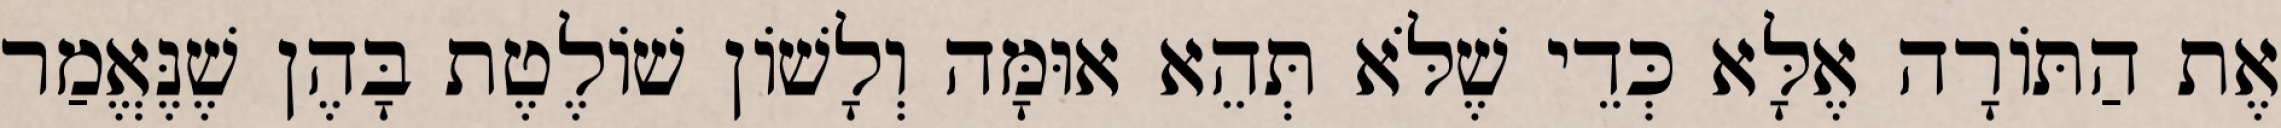
אֶת הַתּוֹרָה אֶלָּא כְּדֵי שֶׁלֹּא תְּהֵא אוּמָּה וְלָשׁוֹן שׁוֹלֶטֶת בָּהֶן שֶׁנֶּאֱמַר